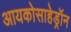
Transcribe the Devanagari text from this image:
आयकोसाहेड्रॉन